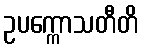
ဥပက္ကောသတီတိ